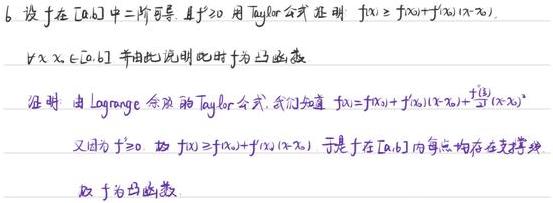
6. 设 \(f\) 在 \([a,b]\) 中二阶可导，且 \(f''\geq0\)，用 Taylor 公式证明 \(f(x)\geq f(x_0)+f'(x_0)(x - x_0)\)，\(\forall x,x_0\in[a,b]\)，并由此说明此时 \(f\) 为凸函数。

证明：由 Lagrange 余项的 Taylor 公式，我们知道 \(f(x)=f(x_0)+f'(x_0)(x - x_0)+\frac{f''(\xi)}{2!}(x - x_0)^2\)。

又因为 \(f''\geq0\)，故 \(f(x)\geq f(x_0)+f'(x_0)(x - x_0)\)。于是 \(f\) 在 \([a,b]\) 内每点均在支撑线上，

故 \(f\) 为凸函数。